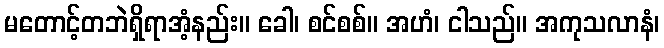
မတောင့်တဘဲရှိရာအံ့နည်း။ ခေါ၊ စင်စစ်။ အဟံ၊ ငါသည်။ အကုသလာနံ၊